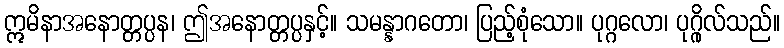
ဣမိနာအနောတ္တပ္ပန၊ ဤအနောတ္တပ္ပနှင့်။ သမန္နာဂတော၊ ပြည့်စုံသော။ ပုဂ္ဂလော၊ ပုဂ္ဂိုလ်သည်။